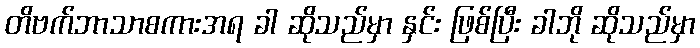
တိဗက်ဘာသာစကားအရ ခါ ဆိုသည်မှာ နှင်း ဖြစ်ပြီး ခါဘို ဆိုသည်မှာ